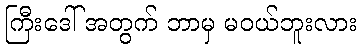
ကြီးဒေါ် အတွက် ဘာမှ မဝယ်ဘူးလား